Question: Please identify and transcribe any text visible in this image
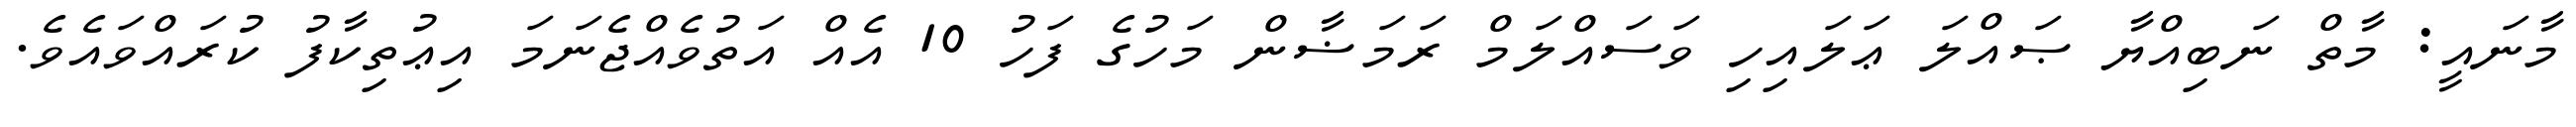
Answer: މާނައީ: މާތް ނަބިއްޔާ ޞައްލަ ޢަލައިހި ވަސައްލަމް ރަމަޟާން މަހުގެ ފަހު 10 އެއް އަތުވެއްޖެނަމަ އިޢުތިކާފު ކުރައްވައެވެ.